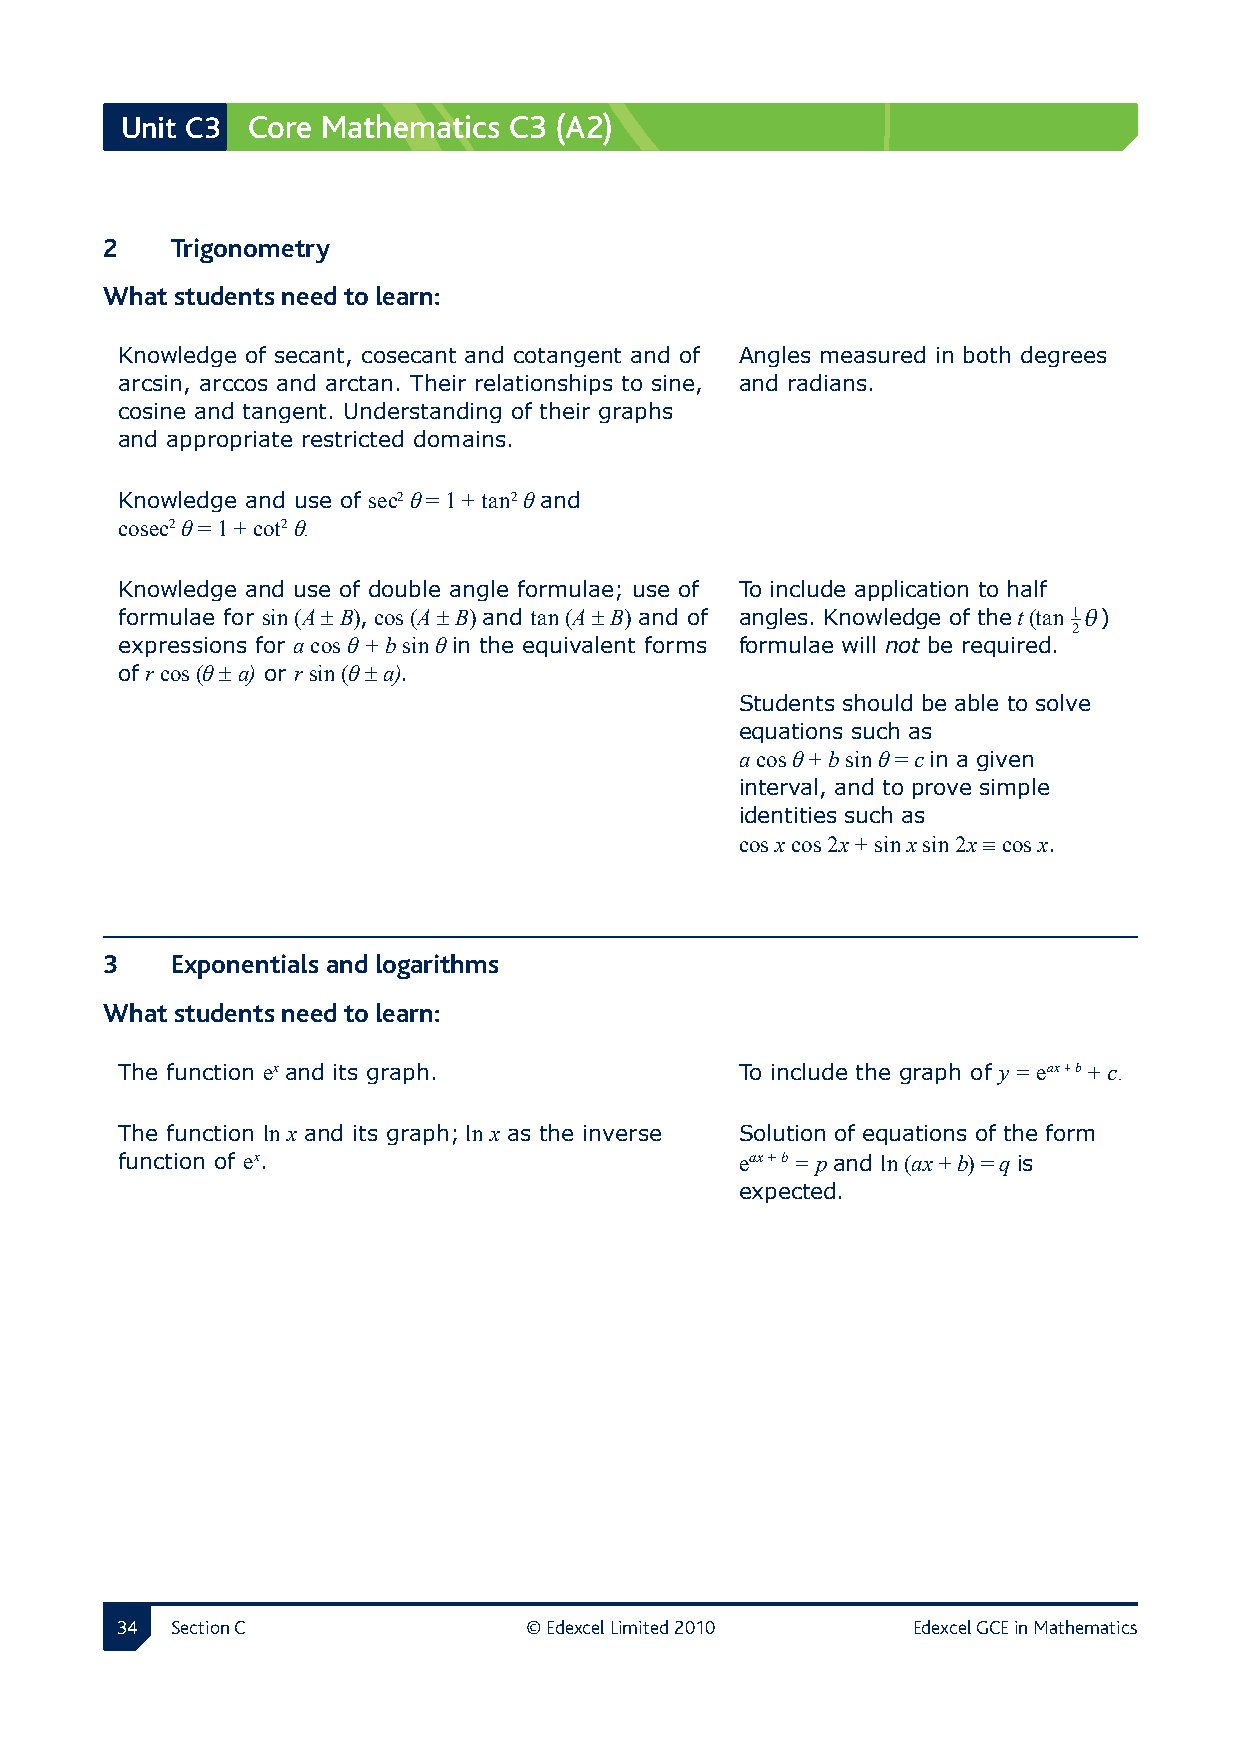
Unit C3 Core Mathematics  C3 (A2)
 2  Trigonometry
 What students need to learn:
 Knowledge of secant, cosecant and cotangent and of Angles measured in both degrees
 arcsin, arccos and arctan. Their relationships to sine, and radians.
 cosine and tangent. Understanding of their graphs
 and appropriate restricted domains.
 Knowledge and use of sec2 θ = 1 + tan2 θ and
 cosec2 θ = 1 + cot2 θ.
 Knowledge and use of double angle formulae; use of To include application to half
 formulae for sin (A ± B), cos (A ± B) and tan (A ± B) and of angles. Knowledge of the t (tan 1θ)
 2
 expressions for a cos θ + b sin θ in the equivalent forms formulae will not be required.
 of r cos (θ ± a) or r sin (θ ± a).
 Students should be able to solve
 equations such as
 a cos θ + b sin θ = c in a given
 interval, and to prove simple
 identities such as
 cos x cos 2x + sin x sin 2x ≡ cos x.
 3  Exponentials and logarithms
 What students need to learn:
 The function ex and its graph.           To include the graph of y = eax + b + c.
 The function ln x and its graph; ln x as the inverse Solution of equations of the form
 function of ex.                          eax + b = p and ln (ax + b) = q is
 expected.
  Section C               © Edexcel Limited 2010   Edexcel GCE in Mathematics